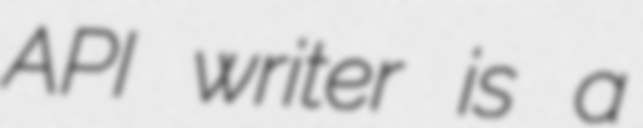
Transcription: API writer is a